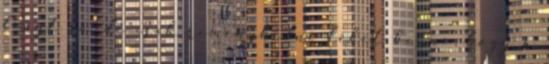
fényt rá, de csak reménykedni lehet benne, hogy a